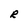
Character: R